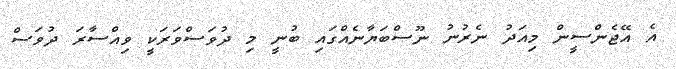
އެ އޭޖެންސީން މިއަދު ނެރުނު ނޫސްބަޔާނެއްގައި ބުނީ މި ދުވަސްވަރަކީ ވިއްސާރަ ދުވަސް